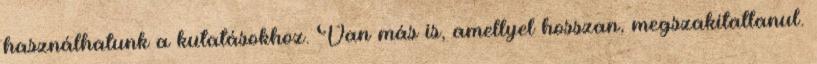
használhatunk a kutatásokhoz. Van más is, amellyel hosszan, megszakítatlanul.